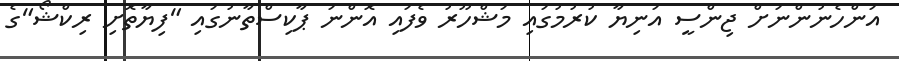
އަންހެނުންނަށް ޖިންސީ އަނިޔާ ކުރުމުގައި މަޝްހޫރު ވެފައި އޮންނަ ޕާކިސްތާނުގައި "ފިޔާތޮށި ރިކްޝޯ"ގެ